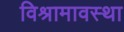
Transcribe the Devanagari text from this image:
विश्रामावस्था